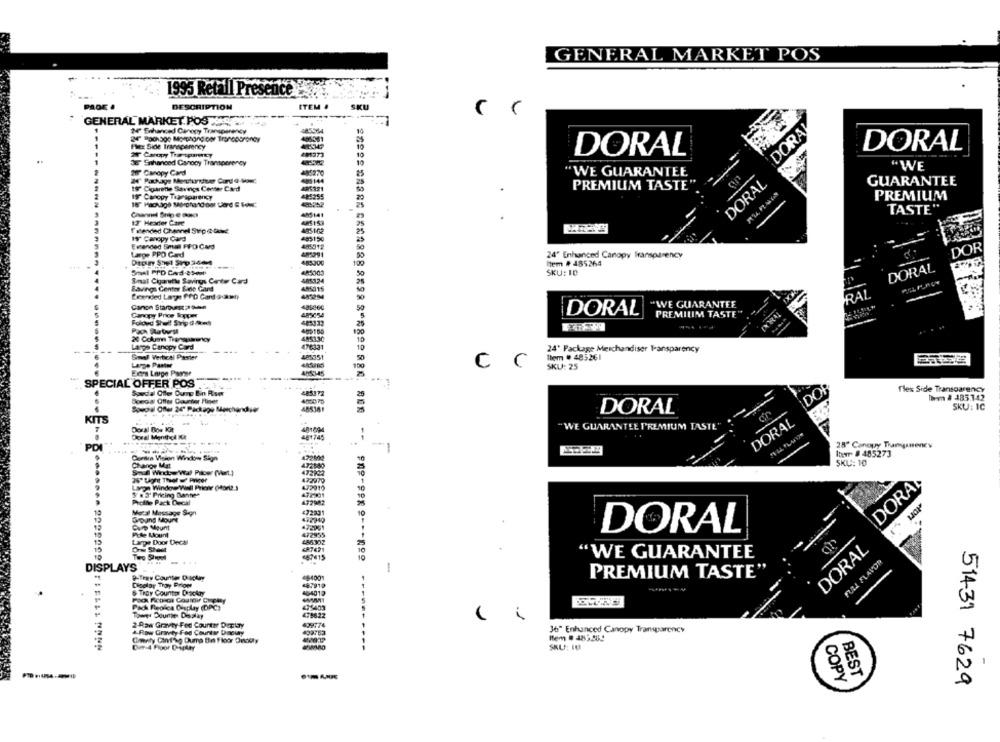
GENERAL MARKET POS
1995 Retail Presence
DESCRIPTION
ITEM .
SKU
GENERAL MARKET POS ..
DORA
M' Enhanced Canopy Transparency
Fler Side Transparency
DORAL
24 Caropy Tra sparty
DORAL
36" Sohaneed Canooy Transparency
"WE
29 Canopy Card
M' Rakaye Mentunter Cordo-
85270
"WE GUARANTEE
DORAL
144
GUARANTEE
If Cigarette Savings Conter Card
K191
PREMIUM TASTE
19" Canopy Tagesparency
+45255
PREMIUM
TASTE"
12 Hearier Care
Tetended Channel Stripeduse
19" Canopy Card
Evenced Sma FFO Card
Læge PPO Card
DOR
24' Enhanced Canopy Transparency
10
Item # 485264
DORAL
Smal PPD Card-25-cf
SKU: 10
Smat Cigarette Savings Cantw Card
485124
Savings Center Elde Gard
Leended Large ffD Card a-aun
RAL
Canon Starburst 2 -4
"WE GUARANTEE
50
DORAL
Canopy Price Kouper
PREMIUM TASTE"
Folded Shell Svip dash
25
120
10
Lamps Canopy Card
10
24' Package Merchandiser Transparency
Smel Vertical Paster
485351
1tem . 485261
CC
SKU: 25
SPECIAL OFFER POS .
Soudal Offer Ourp Bin Riser
DOR
flex Side Transparency
Special Offer Counter Ftiger
4000 7
Them # 185342
Soucial Offer 24" Package Merchandiser
SKU: IC
DORAL
KITS
DORAL
Doral Bos Kit
"WE GUARANTEE PREMIUM TASTE"
Dosal Menthcl ICA
481 748
PDI
28" Canopy Tramganenew
Iber # 485273
Contra Vision Windows Sign
Change Mat
SKU: 10
DORA
Lange Window Wall Pricer (fonte
472910
5 . 3' Pricing Bantes
472301
Profile Pack Decal
Moral Massage Sign
472331
10
Ground Mount
Curp Mount
472961
472955
DORAL
Lampe Door Decal
486302
<87421
DORAL
Two Sheel
10
"WE GUARANTEE
PULL FLAVOR
....
-
DISPLAYS
P-Tray Counter Dschang
PREMIUM TASTE"
Dizelay Tray Prioer
& Tray Counter Desckry
Pack Peolca Display (DPC)
435403
Tower Pourthe Display
2-Raw Gravity Fed Counter Deplay
& Row Gravity Fed Counts Daciay
36" Enhanced Canopy Transparency
Chaty Cint'so Dums Bn Floor Oncety
Der-4 Floor Diplay
SKU: 10
BEST
COPY
51431 7629